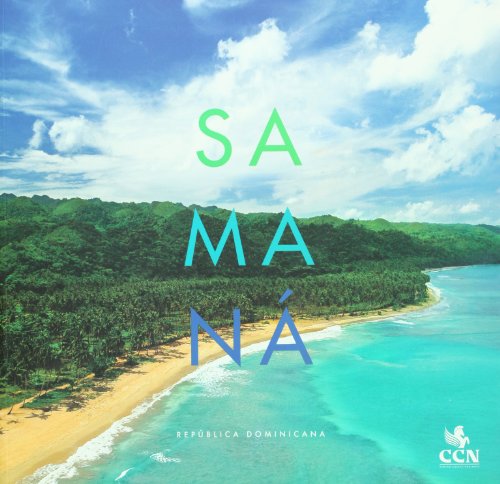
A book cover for Samana: Republica Dominicana / Dominican Republic (Spanish Edition) (Orgullo De Mi Tierra / Pride of My Land); Varios; Travel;